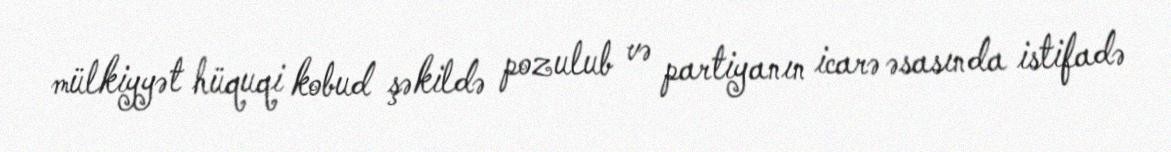
mülkiyyət hüquqi kobud şəkildə pozulub və partiyanın icarə əsasında istifadə